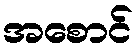
အစောင်